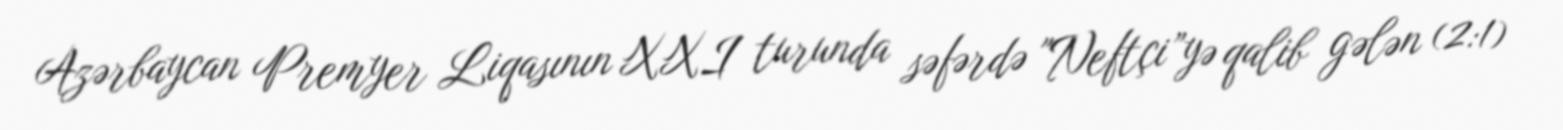
Azərbaycan Premyer Liqasının XXI turunda səfərdə "Neftçi”yə qalib gələn (2:1)